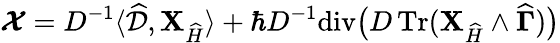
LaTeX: {\boldsymbol{\cal X}}=D^{-1}\langle\widehat{\cal D},{\mathbf{X}}_{\widehat{H}}\rangle+\hbar D^{-1\! }\operatorname{div}\! \big(D\operatorname{Tr}({\mathbf{X}}_{\widehat{H}}\wedge\widehat{\boldsymbol\Gamma})\big)